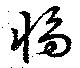
怮